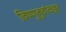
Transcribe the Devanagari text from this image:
विष्णुबुवांकडून